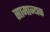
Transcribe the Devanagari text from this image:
सामान्यक